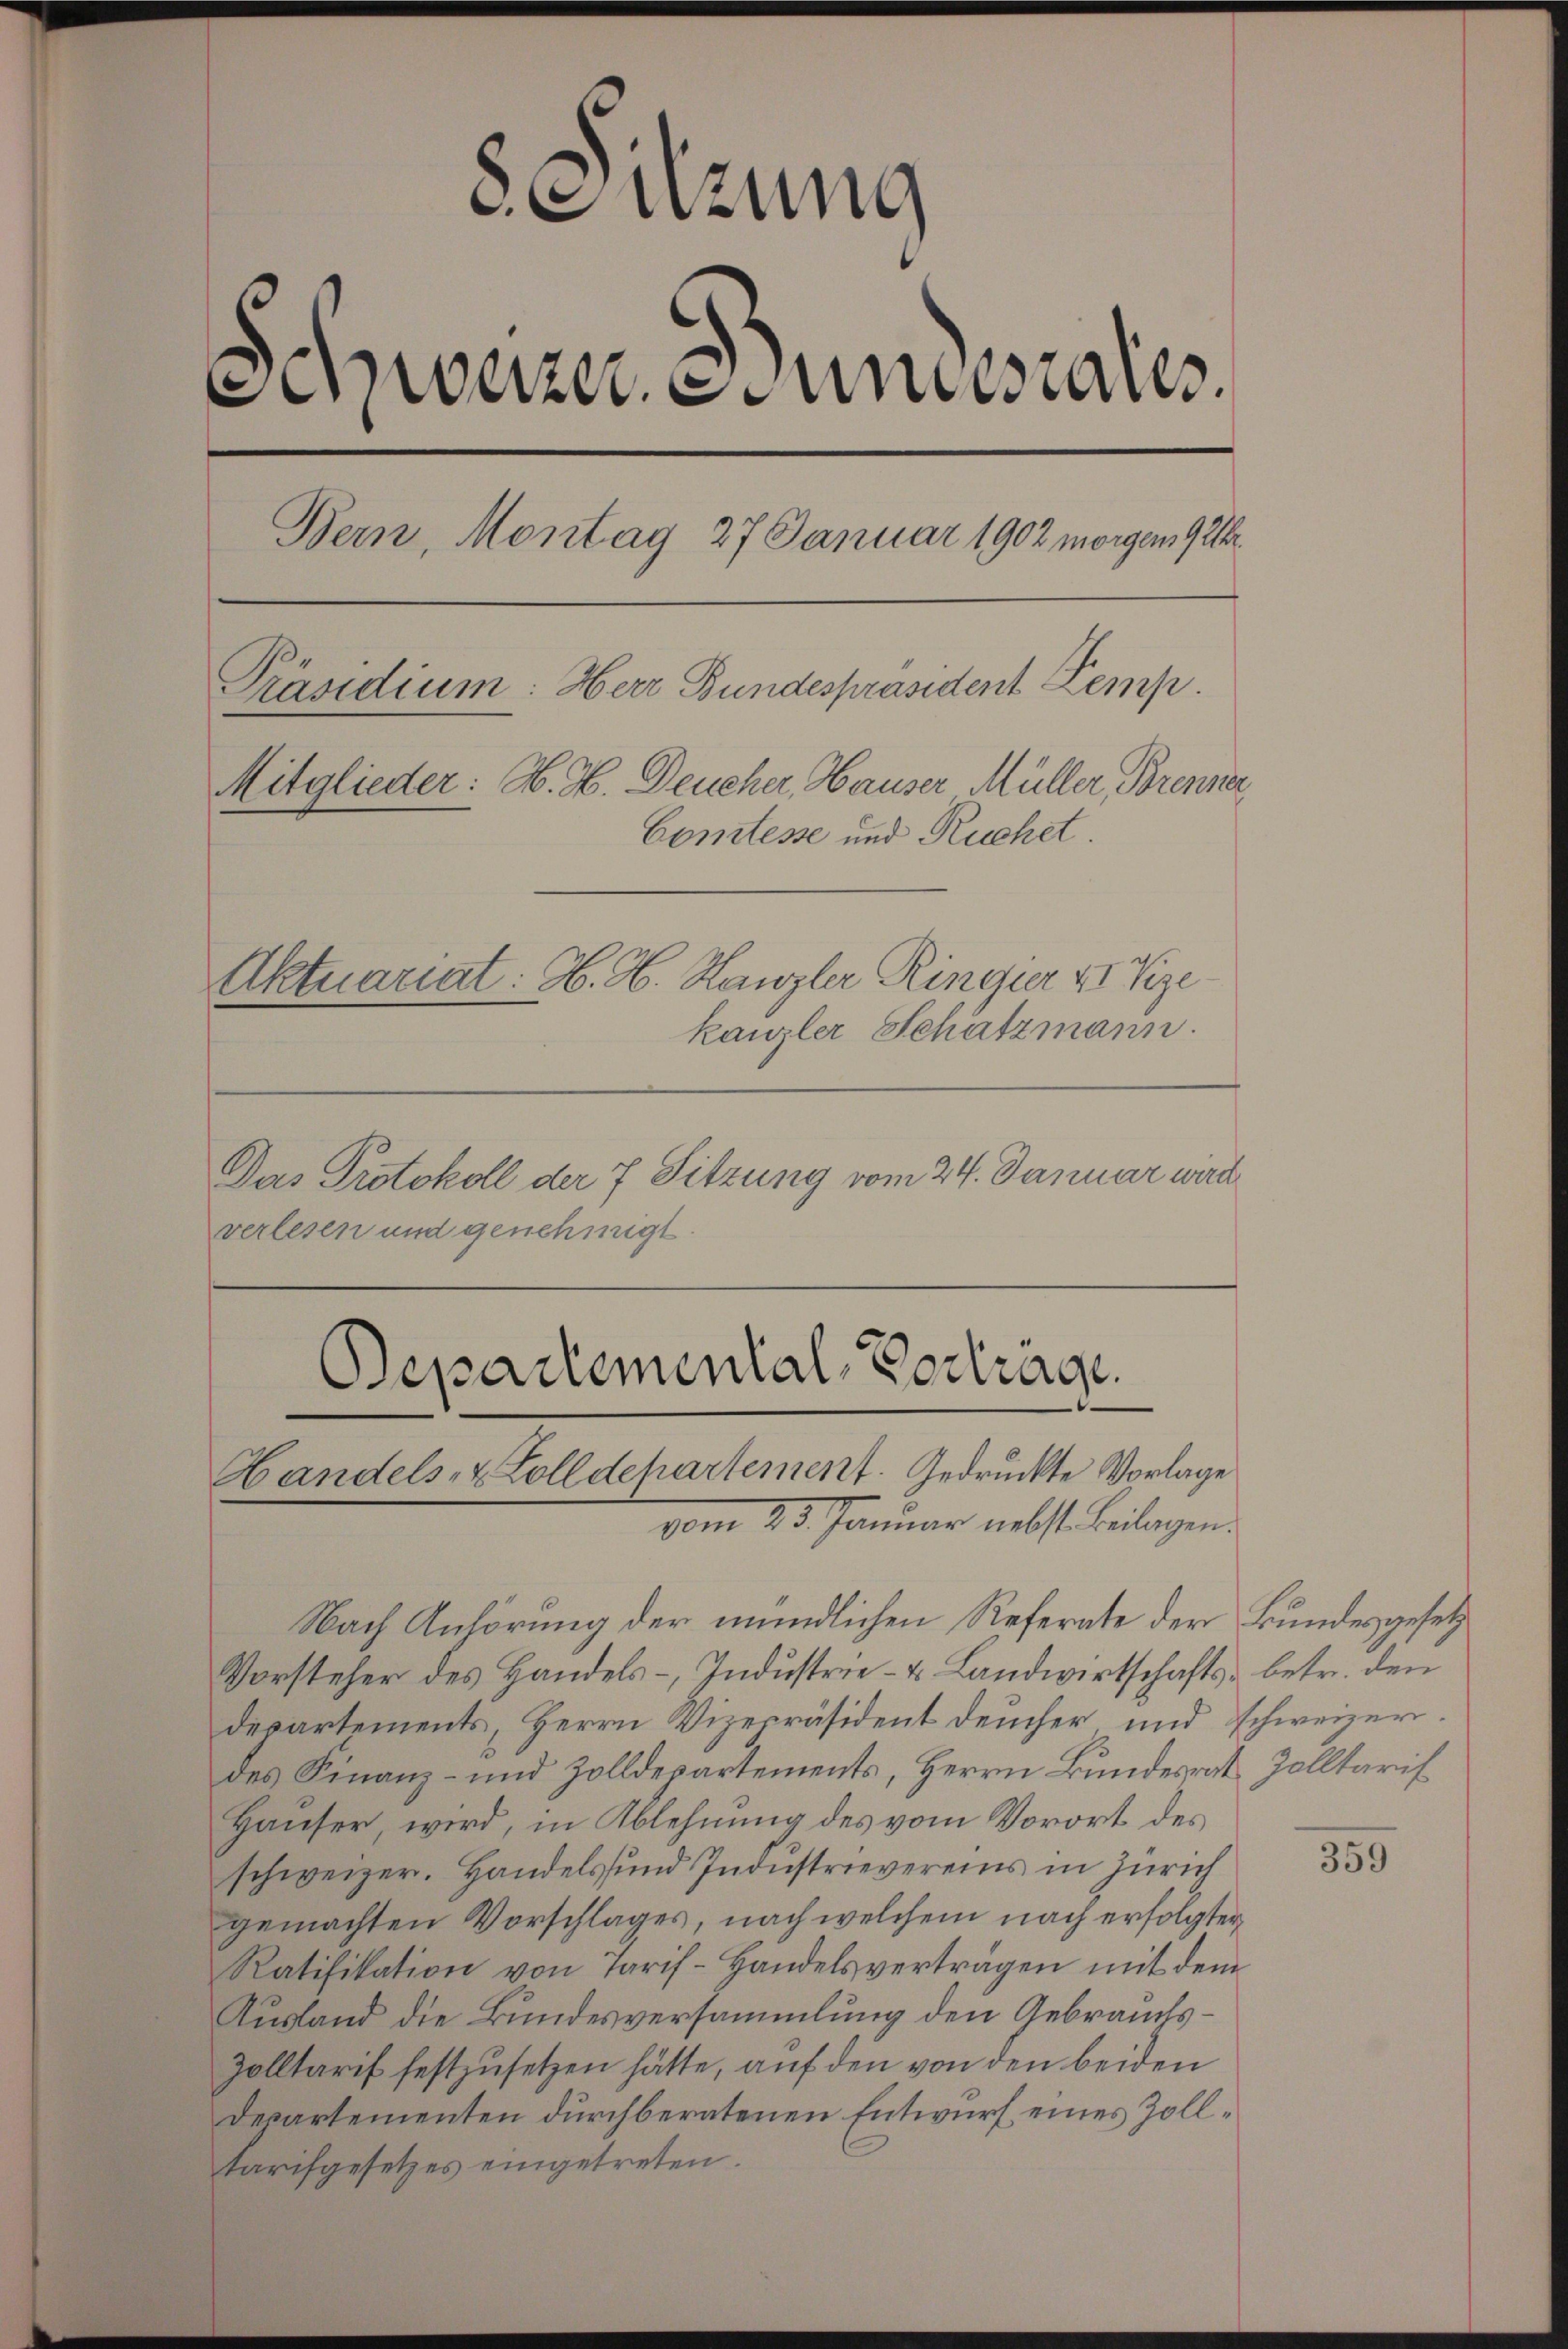
8 Suzung
Seinerzer Stundesaus
Bern, Montag 27 Januar 1902 morgen 9 Uhr
Präsidium: Herr Bundespräsident Kemp
Mitglieder: H. H. Deucher, Hauser Müller, Brenner
Comtesse und Ruchet.
Aktuariat. H. H. Hanzler Ringier u Vize
kanzler Schatzmann.

Das Protokoll der 7 Sitzung vom 24. Januar wird
verlesen und genehmigt.

Departemental-Vortrage
Handels- & Zolldehartement. Gedruckte Vorlage
23. Januar nebst Beilagen.

Nach Anhörung der mündlichen Referate der Bundesgesetz
Vorsteher des Handels-Industrie- u. Landwirtschafts- betr. den
departements, Herrn Vizepräsident deucher und schweizerdes Finanz- und Zolldepartements, Herrn Bundesrat Zolltarif
Hauser, wird, in Ablehnung des vom Vorort des
schweizer. Handels und Industrievereins in Zürich
gemachten Vorschlages, nach welchem nach erfolgter
Ratifikation von Tarif-Handelsverträgen mit dem
Ausland die Bundesversammlung den Gebrauchs¬
Zolltarif festzusetzen hätte, auf den von den beiden
Departementen durchberatenen Entwurf eines Zolltarifgesetzes eingetreten.

359